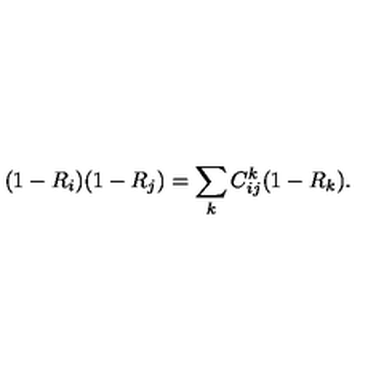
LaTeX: ( 1 - R _ { i } ) ( 1 - R _ { j } ) = \sum _ { k } C _ { i j } ^ { k } ( 1 - R _ { k } ) .